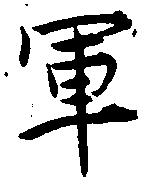
軍